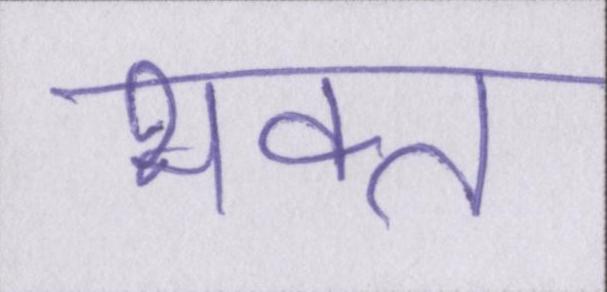
भक्त